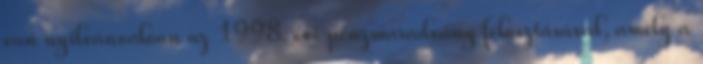
van nyilvánvalóan az 1998. évi pénzmaradvány felosztásával, amely a